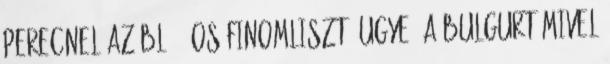
perecnel az BL 55-os finomliszt, ugye? A bulgurt mivel